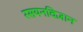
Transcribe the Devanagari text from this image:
रसयनविज्ञान